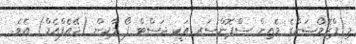
މި ޕްރޮމޯޝަންގެ މެއިން ސްޕޮންސަރ އަކީ ޖަސްޓް ފޯ މާކިން (ޖޭއެފްއެމް) އެވެ.